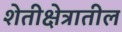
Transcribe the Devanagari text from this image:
शेतीक्षेत्रातील